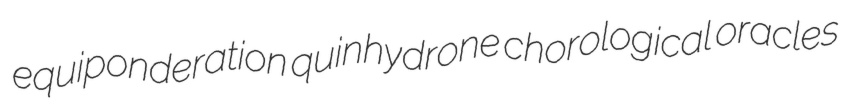
equiponderation quinhydrone chorological oracles